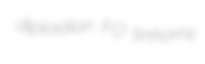
diploidion FO tinhorns